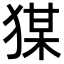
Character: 𭸘